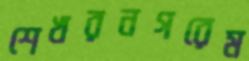
শেখরনগরেম